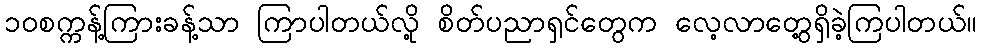
၁၀စက္ကန့်ကြားခန့်သာ ကြာပါတယ်လို့ စိတ်ပညာရှင်တွေက လေ့လာတွေ့ရှိခဲ့ကြပါတယ်။